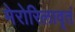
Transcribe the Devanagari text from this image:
मेरोरिलावृतं